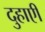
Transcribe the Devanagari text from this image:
दुहाएी